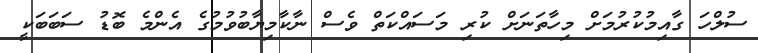
ސުލްހަ ގާއިމުކުރުމަށް މިހާތަނަށް ކުރި މަސައްކަތް ވެސް ނާކާމިޔާބުވުމުގެ އެންމެ ބޮޑު ސަބަބަކީ